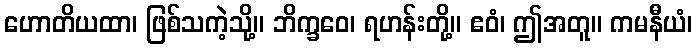
ဟောတိယထာ၊ ဖြစ်သကဲ့သို့။ ဘိက္ခဝေ၊ ရဟန်းတို့။ ဧဝံ၊ ဤအတူ။ ကမနီယံ၊